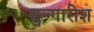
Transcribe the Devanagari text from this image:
सुन्गारीश